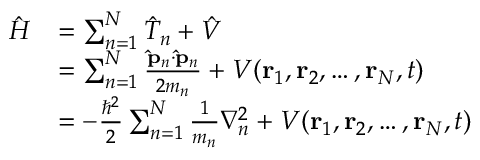
{ \begin{array} { r l } { { \hat { H } } } & { = \sum _ { n = 1 } ^ { N } { \hat { T } } _ { n } + { \hat { V } } } \\ & { = \sum _ { n = 1 } ^ { N } { \frac { \mathbf { \hat { p } } _ { n } \cdot \mathbf { \hat { p } } _ { n } } { 2 m _ { n } } } + V ( \mathbf { r } _ { 1 } , \mathbf { r } _ { 2 } , \ldots , \mathbf { r } _ { N } , t ) } \\ & { = - { \frac { \hbar ^ { 2 } } { 2 } } \sum _ { n = 1 } ^ { N } { \frac { 1 } { m _ { n } } } \nabla _ { n } ^ { 2 } + V ( \mathbf { r } _ { 1 } , \mathbf { r } _ { 2 } , \ldots , \mathbf { r } _ { N } , t ) } \end{array} }